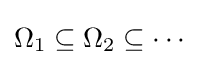
\Omega _{1}\subseteq \Omega _{2}\subseteq \cdots